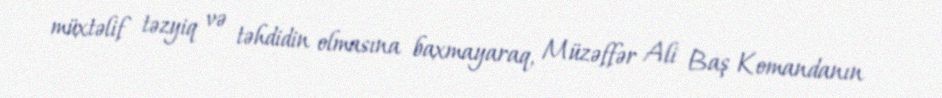
müxtəlif təzyiq və təhdidin olmasına baxmayaraq, Müzəffər Ali Baş Komandanın